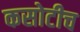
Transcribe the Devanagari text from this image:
कसोटीच